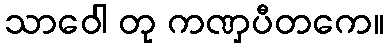
သာဝေါ တု ကဏှပီတကေ။